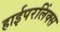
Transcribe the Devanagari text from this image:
हाईपरलिंक्स